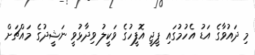
މި ދައުވާގެ އަޑު އެހުމުގައި ޕީޖީ އޮފީހުގެ ވަކީލު ވިދާޅުވީ ނަޝީދުގެ މައްޗަށް